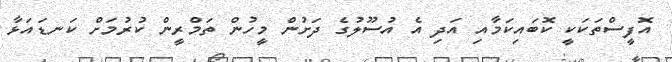
އޮފީސްތަކަކީ ކޮބައިކަމާއި އަދި އެ އުސޫލުގެ ދަށުން މީހުން ތަމްރީން ކުރުމަށް ކަނޑައަޅާ